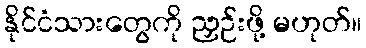
နိုင်ငံသားတွေကို ညှဉ်းဖို့ မဟုတ်။